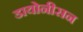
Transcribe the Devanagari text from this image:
डायोनीसन